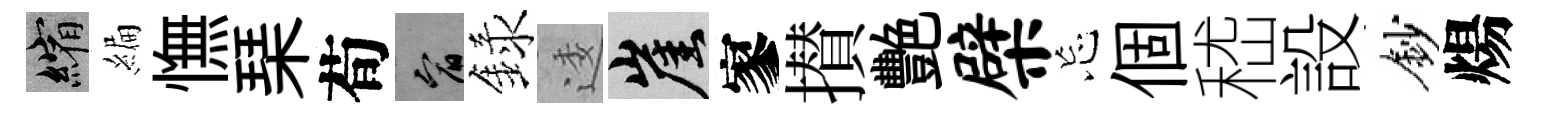
縮編憮琹荀宥録逶崖寥攅艷檗忘個嵇設鈔煬